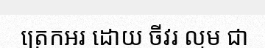
ត្រេកអរ ដោយ ចីវរ ល្មម ជា